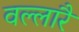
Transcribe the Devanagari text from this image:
वल्लारै